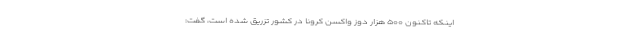
اینکه تاکنون ۵۰۰ هزار دوز واکسن کرونا در کشور تزریق شده است، گفت: